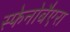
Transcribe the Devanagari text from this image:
स्फेनोबैएरा